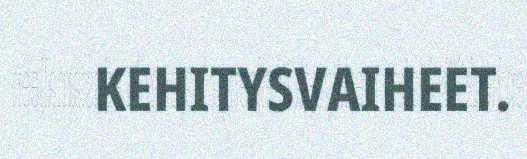
KEHITYSVAIHEET.